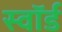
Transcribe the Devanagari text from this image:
स्‍वॉर्ड